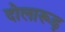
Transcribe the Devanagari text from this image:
दोलारूढ़